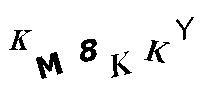
KM8KKY